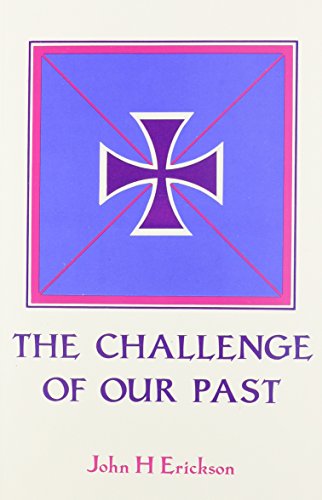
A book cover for The Challenge of Our Past: Studies in Orthodox Canon Law and Church History; John H. Erickson; Christian Books & Bibles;